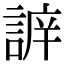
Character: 𧩔